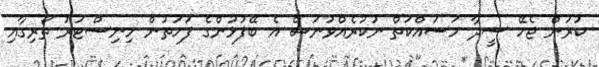
ކުރަން ޖެހޭ ސީދާ މަސައްކަތް ނުކުރެއްވުނަސް އެ ބޭފުޅުންގެ ފަހަތުން މިނިސްޓަރު ތޯރިގާއި